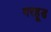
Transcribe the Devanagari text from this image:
गरहूड